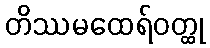
တိဿမထေရ်ဝတ္ထု